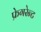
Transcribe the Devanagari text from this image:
फ्रेगरेन्ट